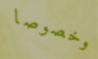
وخصوصا